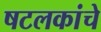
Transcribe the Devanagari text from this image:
षटलकांचे